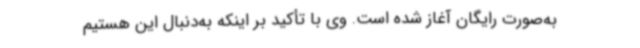
به‌صورت رایگان آغاز شده است. وی با تأکید بر اینکه به‌دنبال این هستیم